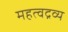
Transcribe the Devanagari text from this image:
महत्वद्रव्य